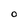
Character: O